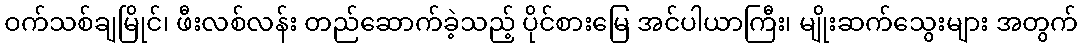
ဝက်သစ်ချမြိုင်၊ ဖီးလစ်လန်း တည်ဆောက်ခဲ့သည့် ပိုင်စားမြေ အင်ပါယာကြီး၊ မျိုးဆက်သွေးများ အတွက်